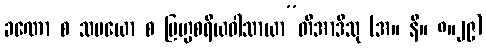
ခဏော စ သမယော စ ဗြဟ္မစရိယဝါသာယာ”တိအာဒီသု (အ။ နိ။ ၈။၂၉)